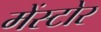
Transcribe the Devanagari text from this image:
मेंस्टोर